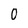
Character: 0